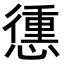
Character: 𢡹